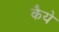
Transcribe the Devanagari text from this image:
कैये